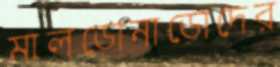
মালডোনাডোদের